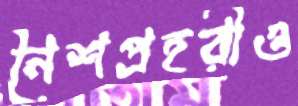
নৈশপ্রহরীও